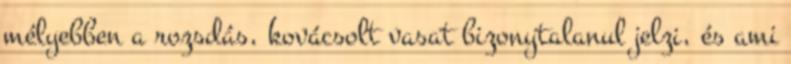
mélyebben a rozsdás, kovácsolt vasat bizonytalanul jelzi, és ami